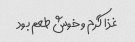
غذا گرم و خوش طعم بود